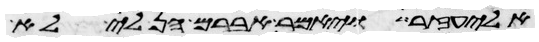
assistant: אליעזר ויאמר אברם הן לי לא